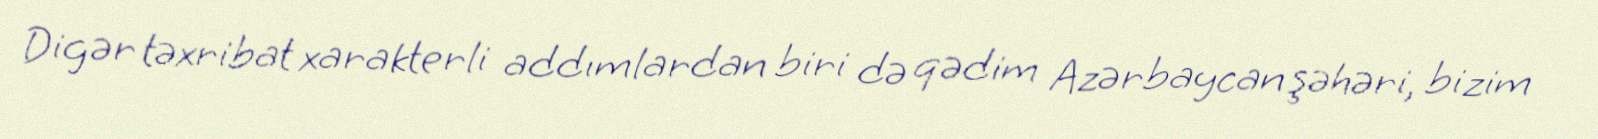
Digər təxribat xarakterli addımlardan biri də qədim Azərbaycan şəhəri, bizim